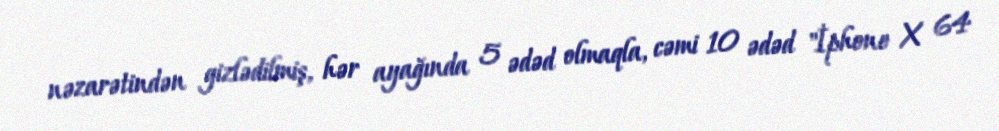
nəzarətindən gizlədilmiş, hər ayağında 5 ədəd olmaqla, cəmi 10 ədəd "İphone X 64